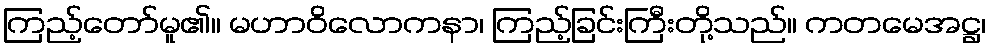
ကြည့်တော်မူ၏။ မဟာဝိလောကနာ၊ ကြည့်ခြင်းကြီးတို့သည်။ ကတမေအဋ္ဌ၊